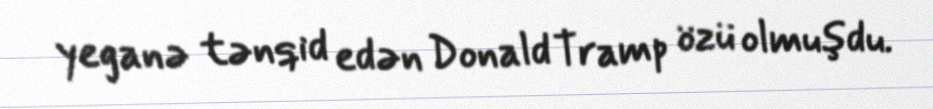
yeganə tənqid edən Donald Tramp özü olmuşdu.